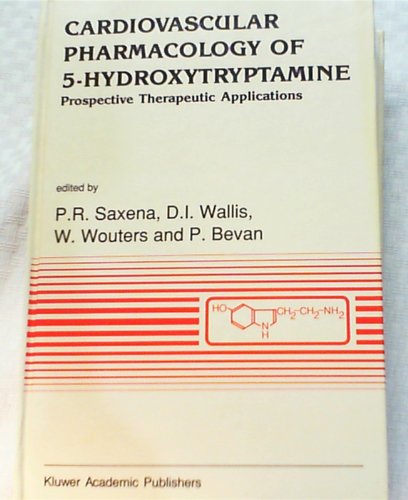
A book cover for Cardiovascular Pharmacology of 5-Hydroxytryptamine: Prospective Therapeutic Applications (Developments in Cardiovascular Medicine); Medical Books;